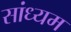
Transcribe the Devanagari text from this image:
सांध्यम